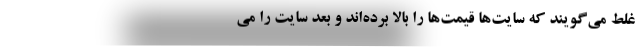
غلط می‌گویند که سایت‌ها قیمت‌ها را بالا برده‌اند و بعد سایت را می